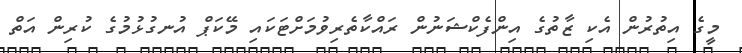
މީގެ އިތުރުން އެކި ޒާތުގެ އިންފެކްޝަނުން ރައްކާތެރިވުމަށްޓަކައި މޭކަޕް އުނގުޅުމުގެ ކުރިން އަތް